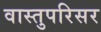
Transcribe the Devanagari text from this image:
वास्तुपरिसर